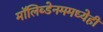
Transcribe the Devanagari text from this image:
मॉलिब्डेनममध्येही